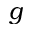
g